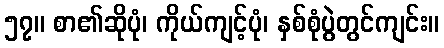
၅၇။ စာ၏ဆိုပုံ၊ ကိုယ်ကျင့်ပုံ၊ နှစ်စုံပွဲတွင်ကျင်း။